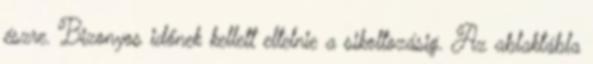
észre. Bizonyos időnek kellett eltelnie a sikoltozásig. Az ablaktábla